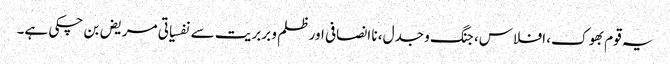
یہ قوم بھوک، افلاس، جنگ و جدل، نا انصافی اور ظلم و بربریت سے نفسیاتی مریض بن چکی ہے۔